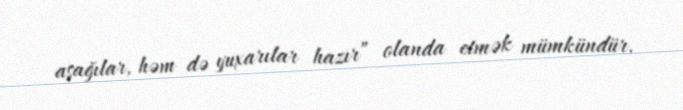
aşağılar, həm də yuxarılar hazır” olanda etmək mümkündür.